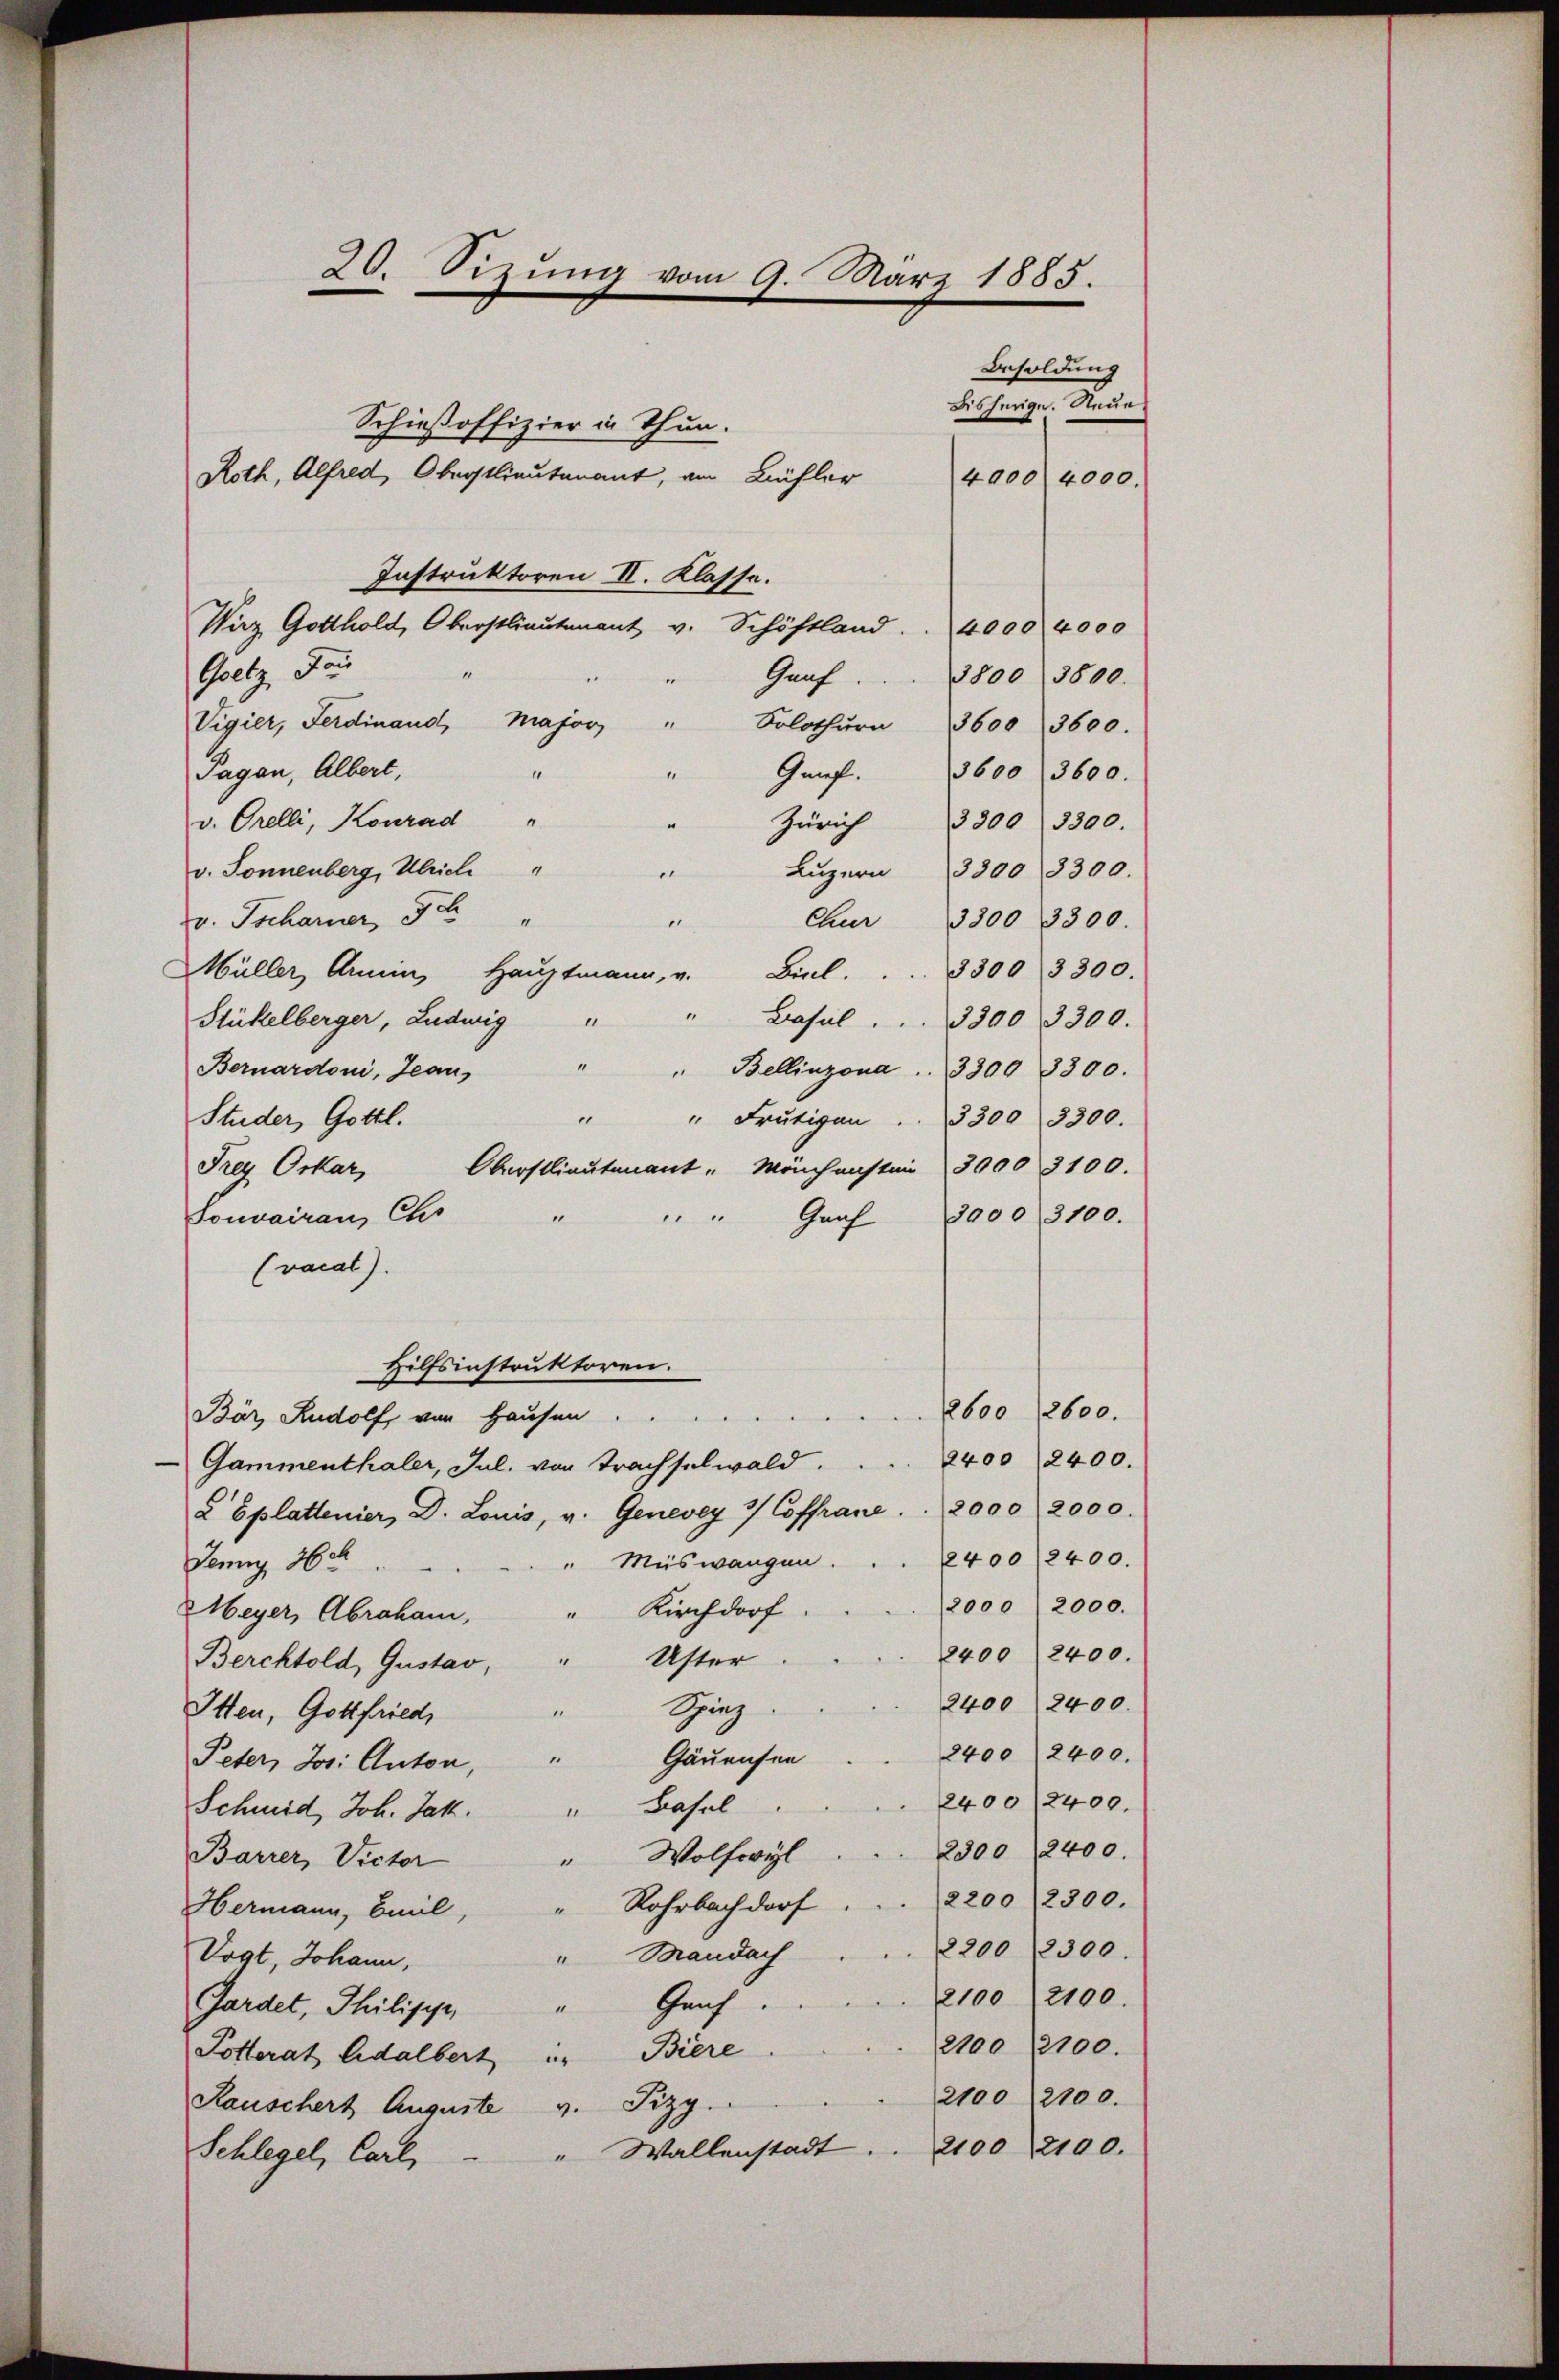
20. Sizung vom 9. März 1885.

Schießoffizier in Thun.
Roth, Alfred, Oberstlieutenant, am Bühler
Instruktoren II. Klasse.
Wirz Gotthold, Oberstlieutenant v. Schöftland . . 4000 4000
Goetz, For
“
Graf
3800 (3800.
Vigier, Ferdinand, Majors "
Solothurn 3600 3600.
Pagan, Albert,
Genf.
3600 3600.
v. Orelli, Konrad "
Zürich 3300 3300.
v. Sonnenberg, Ulrich "
" Lŭzern 3300 8300.
n
v. Tscharner, Sc
Chur 3300 3300.
.
Müller Armin Haŭptmann, u. Biel.  ..  .. 3300 3300.
" Basel . . . 3300 3300.
Stückelberger, Ludwig "
Bernardoni, Jean " " Bellinzona . . 3300 3300.
" " Frutigen . . 3300 3300.
Studer, Gottl.
Oberstlieutenant Mönchensten 3000 3100.
Frey Orkar,
3000 3100.
Touvairau Chr
Graf
.
(vocat).
Hilfsinstruktoren.
2600 2600.
Bär, Rudolf, von Hausen ...
Gammenthaler, Jul. von Trachselwald. . . 2400 2400.
 Eplattenier, D. Louis, v. Genevey 3/ Coffrane . . 2000 2000.
2400/2400.
Muswangen.
Jenny 26
2000 (2000.
Meyer, Abrahami, " Kirchdorf
2400 2400.
Uster
Berchtold, Gustav,
2400 2400.
Ging
Itten, Gottfried
2400 2400.
Gäuensen
Peter, Jos. Anton, "
2400/2400.
"Basal
Schmid, Joh. Jak.
2300 (12400.
" Wolfwyl
Barrer, Victor
2200/2300.
Hermann, Beil, Rohrbach dorf
2200 (12300.
"Bandat
Vogt, Johann,
2100 (2100.
Geich
1
Gardet, Philipp,
2100 18100.
Potterat Adalbert u. Biere
2100 2100.
Rauschert Auguste v. Fizy.
2100 2100.
" Wallenstadt
Schlegel, Carl,

4000. 4000.

Besoldung
bisherige. Neue